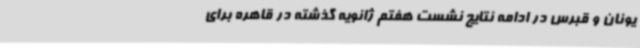
یونان و قبرس در ادامه نتایج نشست هفتم ژانویه گذشته در قاهره برای